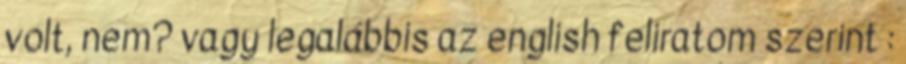
volt, nem? vagy legalábbis az english feliratom szerint :